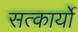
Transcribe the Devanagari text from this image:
सत्कार्यो